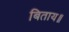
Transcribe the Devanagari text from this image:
बिताय॥